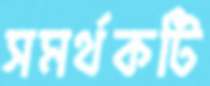
সমর্থকটি